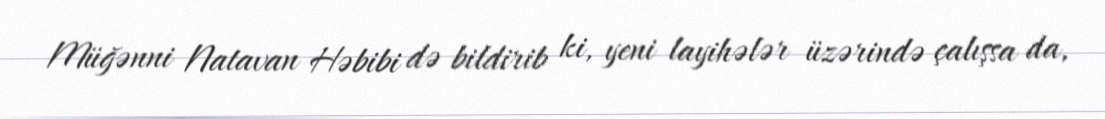
Müğənni Natavan Həbibi də bildirib ki, yeni layihələr üzərində çalışsa da,